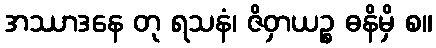
အဿာဒနေ တု ရသနံ၊ ဇိဝှာယဉ္စ ဓနိမှိ စ။